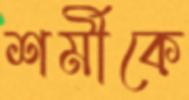
শর্মীকে